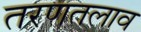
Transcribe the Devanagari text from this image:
तरणतलाव